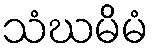
သံဃမိမံ